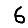
Digit: 6